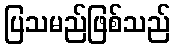
ပြသမည်ဖြစ်သည်